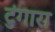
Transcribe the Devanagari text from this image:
टुंगारा